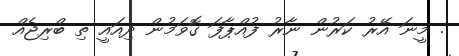
. މީނަ އޭރު ކަރުން ނާރު ފުއްޕާފަ ގޮވަމުން ދިއައީ ތި ބްރިޖެއް